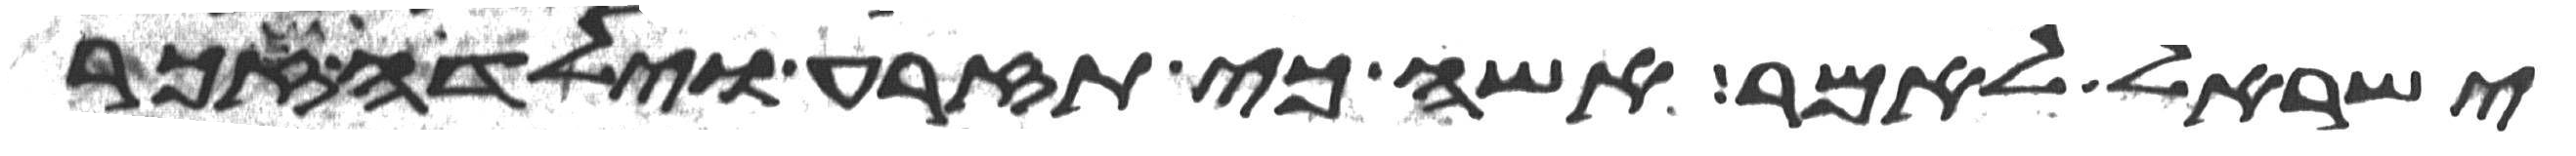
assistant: ישראל לאמר אשה כי תזרע וילדה זכר